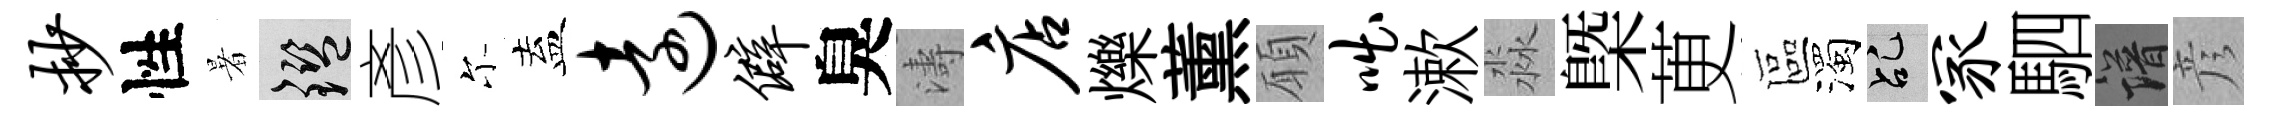
抄性暑鑒彥尓盍远僻臭濤店爍薰願咄漱淼槩茰區濁乩冢駟譜彦